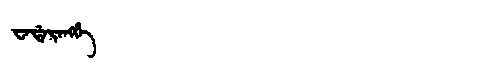
Manchu: ᠸᠠᡩᠠᡵᠠᠩᡤᡝ
Romanization: WADARANGGE